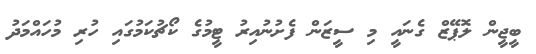
ބީޖީން ލޮޕޭޒް ގެނައީ މި ސީޒަން ފެށުނުއިރު ޓީމުގެ ކޯޗުކަމުގައި ހުރި މުހައްމަދު